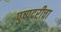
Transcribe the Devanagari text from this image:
पुष्पदरीचा